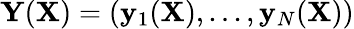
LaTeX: \mathbf{Y}(\mathbf{X})=(\mathbf{y}_{1}(\mathbf{X}),...,\mathbf{y}_{N}(\mathbf{X}))